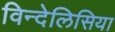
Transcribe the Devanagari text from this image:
विन्देलिसिया